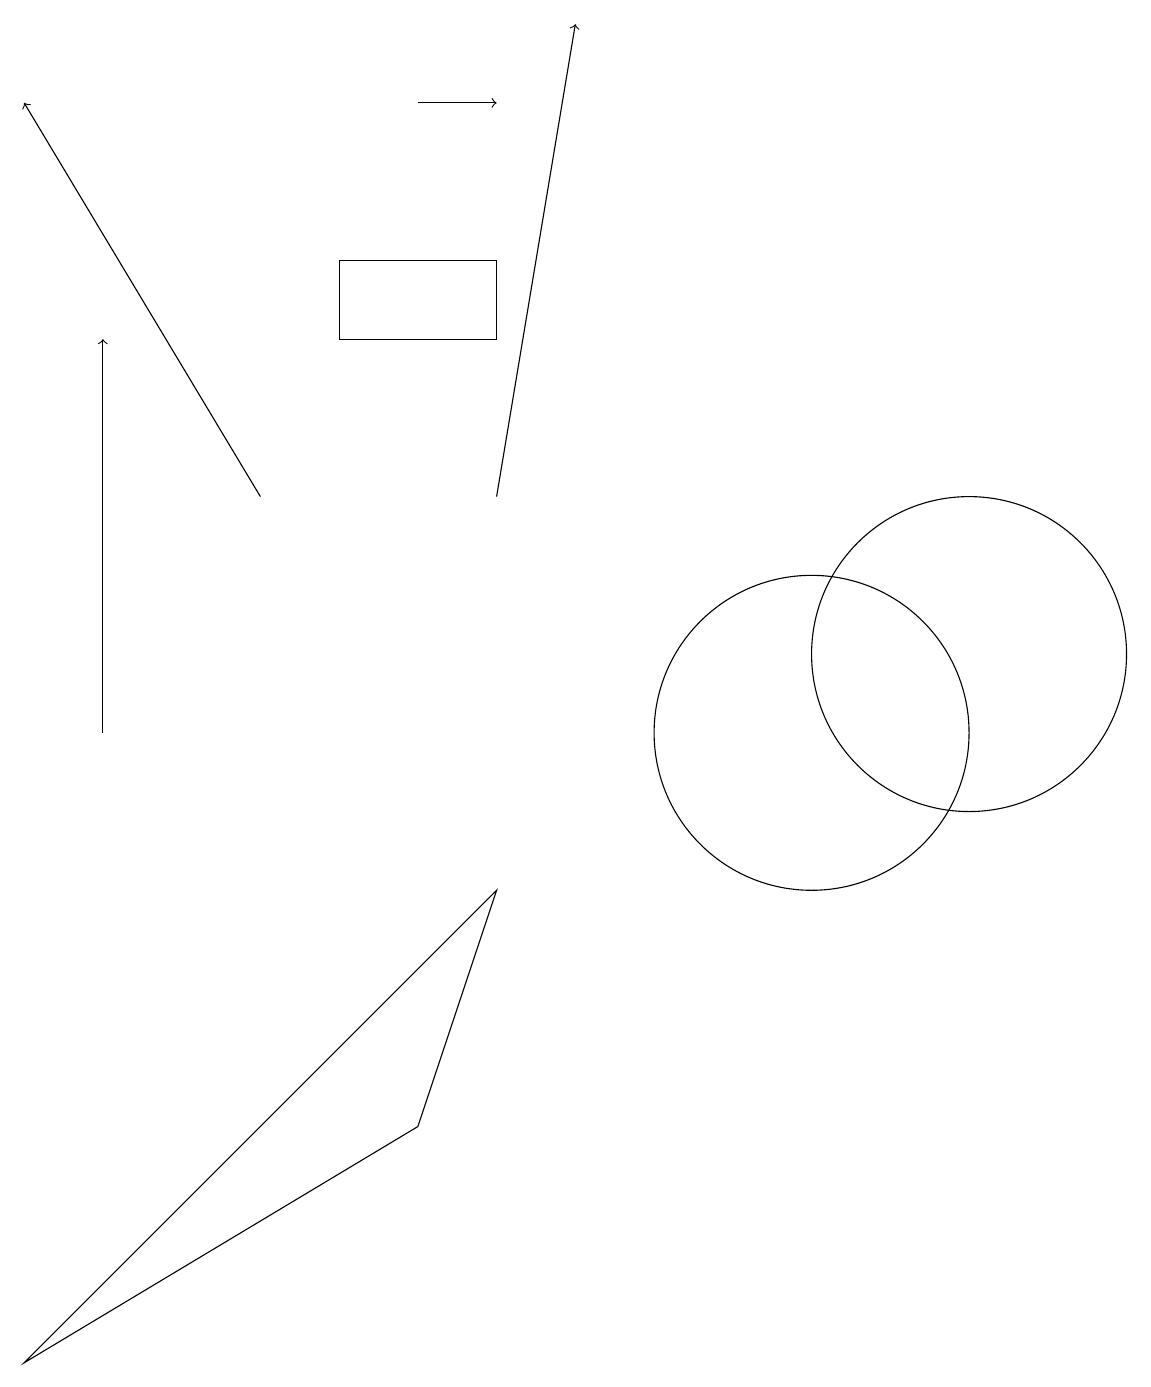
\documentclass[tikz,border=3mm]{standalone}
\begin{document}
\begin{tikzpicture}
\draw (0,2) -- (5,5) -- (6,8) -- cycle;
\draw (10,10) circle (2);
\draw[->] (1,10) -- (1,15);
\draw (12,11) circle (2);
\draw[->] (5,18) -- (6,18);
\draw[->] (3,13) -- (0,18);
\draw (6,16) rectangle (4,15);
\draw[->] (6,13) -- (7,19);
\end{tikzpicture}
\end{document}